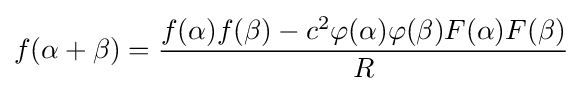
f(\alpha +\beta )={\frac {f(\alpha )f(\beta )-c^{2}\varphi (\alpha )\varphi (\beta )F(\alpha )F(\beta )}{R}}